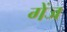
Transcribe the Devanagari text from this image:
गेंज